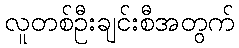
လူတစ်ဦးချင်းစီအတွက်